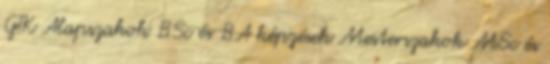
GTK Alapszakok BSc és BA képzések Mesterszakok MSc és